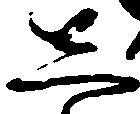
し